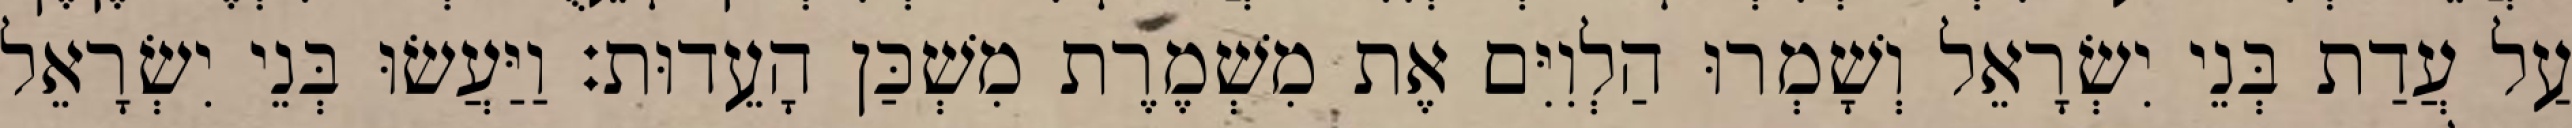
עַל עֲדַת בְּנֵי יִשְׂרָאֵל וְשָׁמְרוּ הַלְוִיִּם אֶת מִשְׁמֶרֶת מִשְׁכַּן הָעֵדוּת׃ וַיַּעֲשׂוּ בְּנֵי יִשְׂרָאֵל